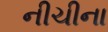
નીચીના